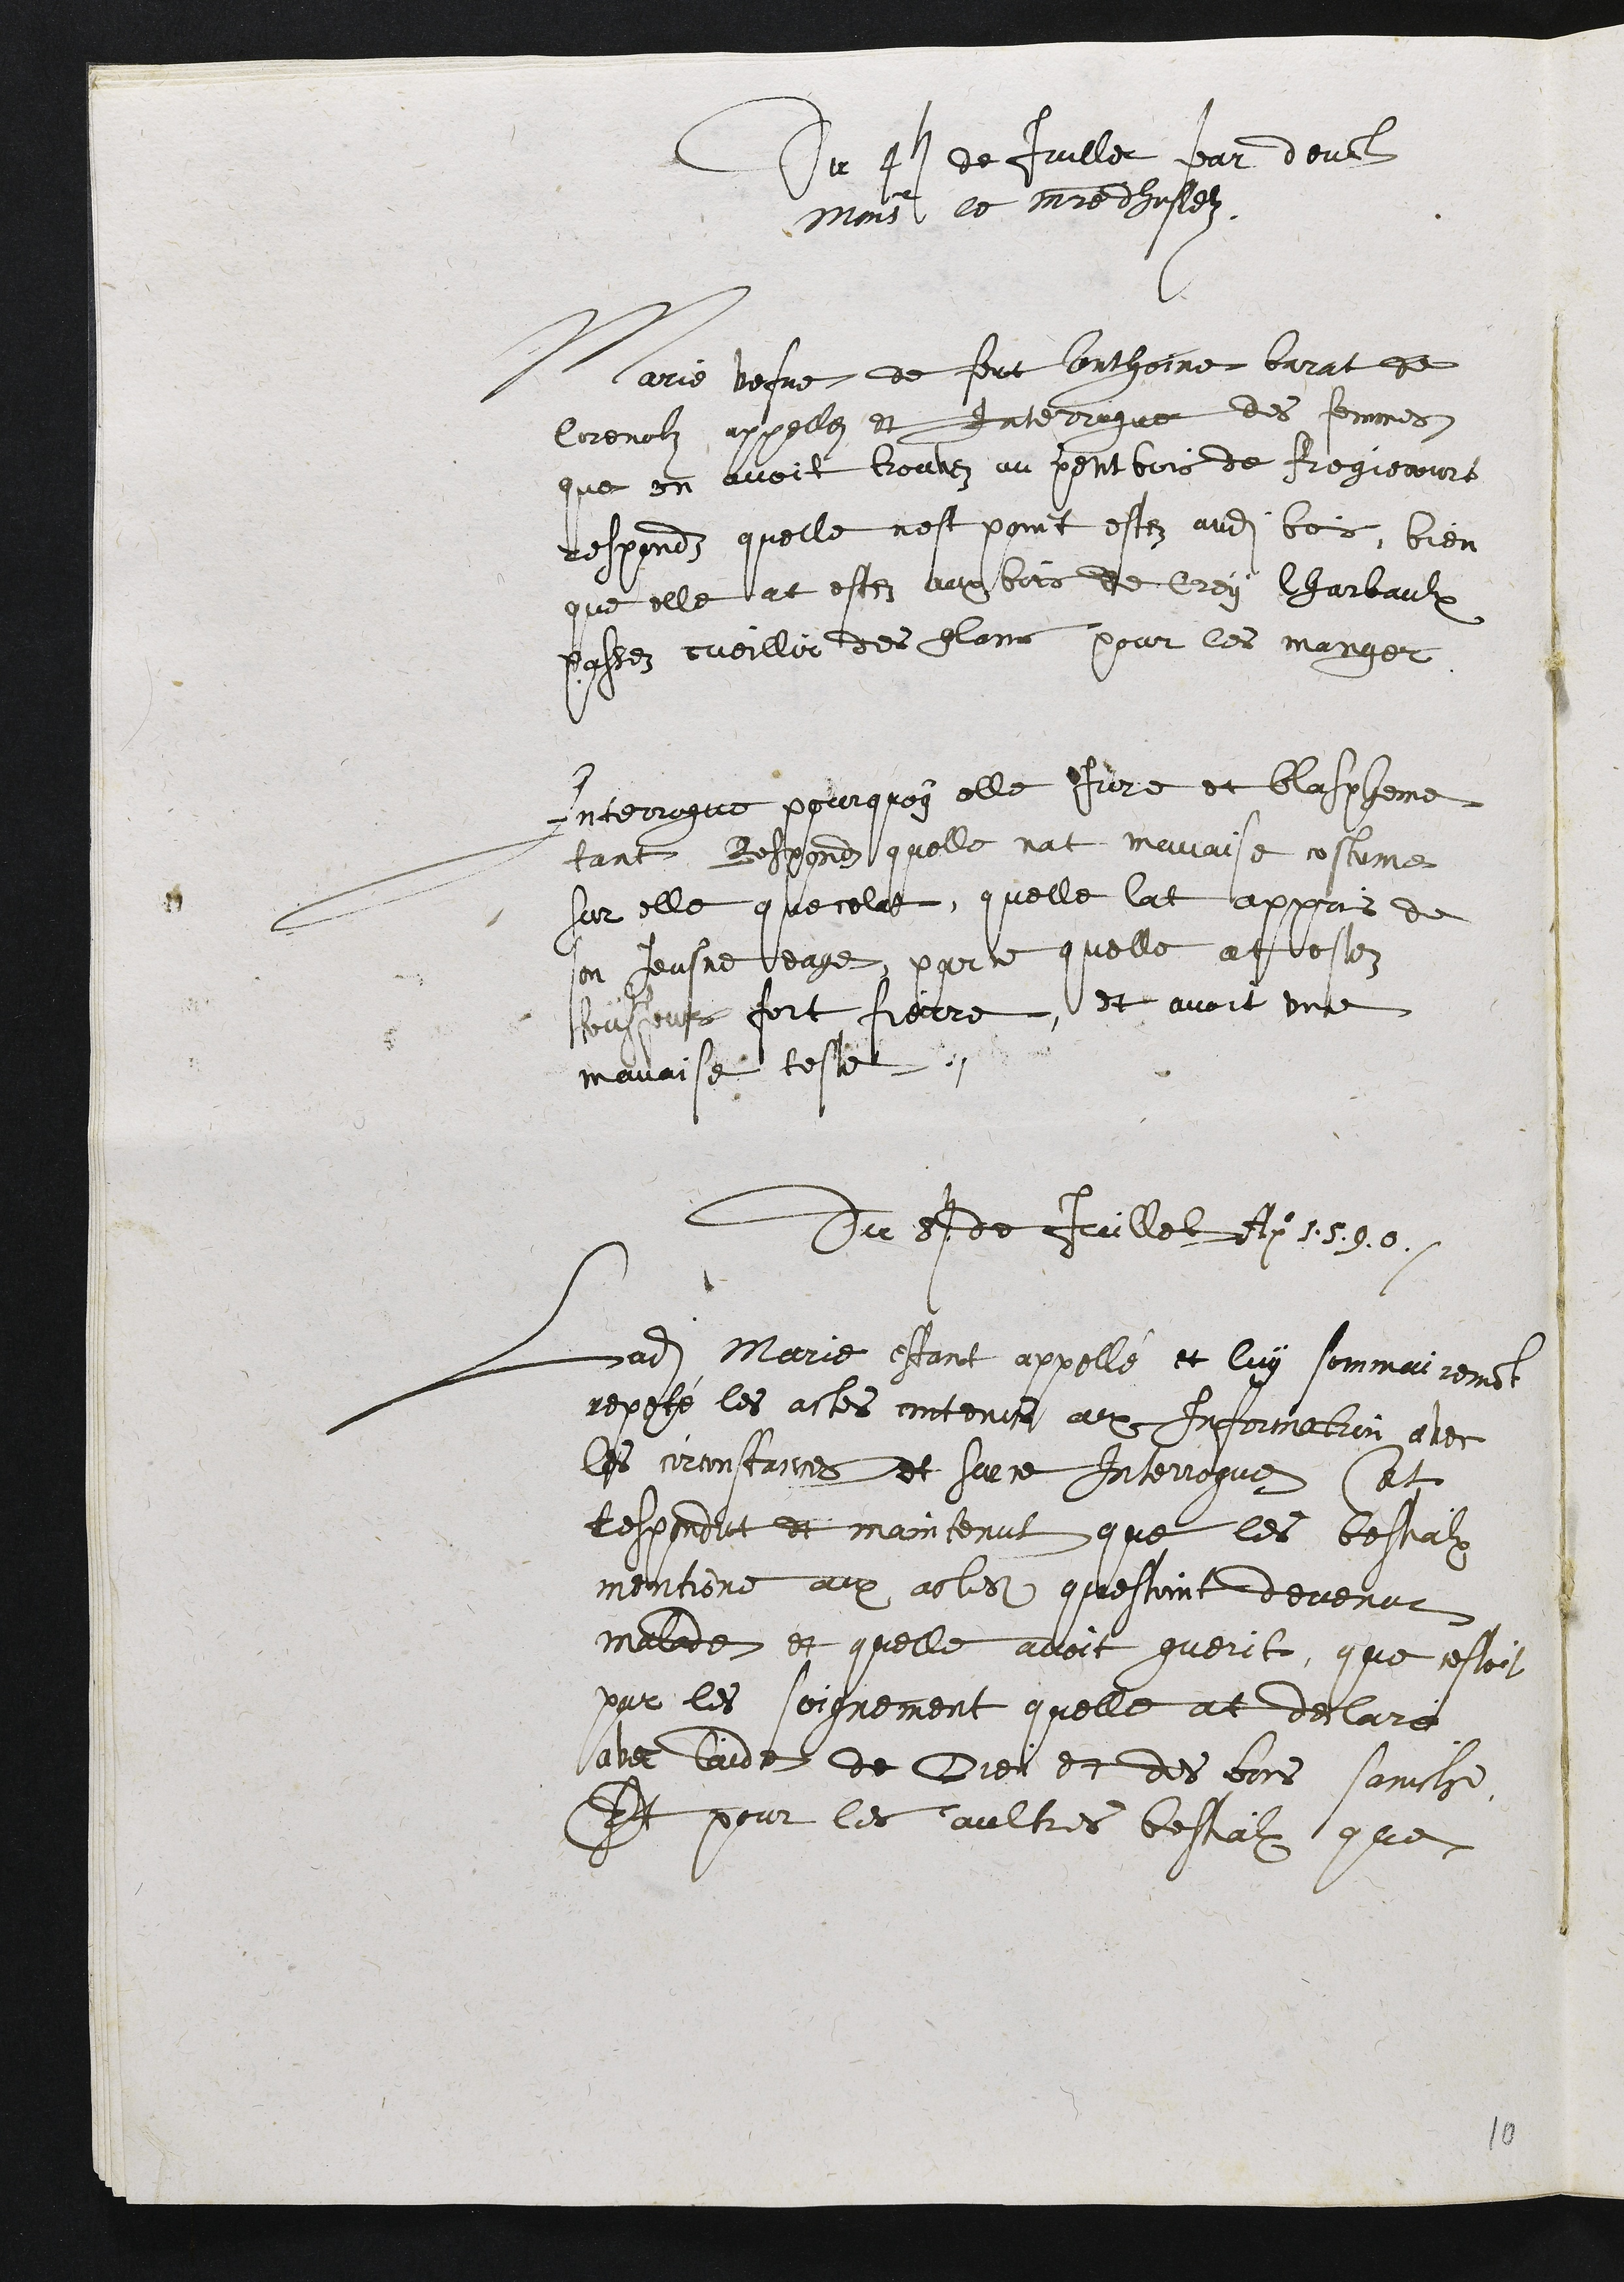
Du 4. de juillet par devant
Mon[sieur] le m[aist]re dhostelz
Marie vefve de feut Anthoine Barat de
Corenolz appelle et interrogue des femmes
que on avoit trouvez au petit bois de Fregiecourt
responds qu’elle n’est point estez audit bois, bien
que elle at estes aux bois de Crey Charbaulx
passez cueillir des glans pour les manger
Interrogue pourquoy elle jure et blaspheme
tant. Respondz qu’elle nat mauvaise costume
sur elle que celat, qu’elle lat appris de
son jeusne eage, par ce quelle at estez
toutjour fort fierre, et avoit une
mauvaise teste.
Du 8. de juillet An. 1.5.9.0.
Ladite Marie estant appellé et luy sommairem[en]t
rapelé les actes contenus avec information avec
les circonstances et sur ce interrogue at
respondut et maintenut que les bestailx
mentione aux actes questoint devenut
malade et qu’elle avait guerit, que cestoit
par soignements qu’elle at declare
avec laide de Dieu et des bons Saincts
 Et pour les aultres bestialx que